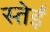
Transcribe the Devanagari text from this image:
स्तेईं